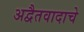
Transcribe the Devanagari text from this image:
अद्वैतवादाचे